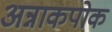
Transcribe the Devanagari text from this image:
अन्नाकपोक